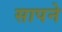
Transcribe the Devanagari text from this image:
सापने